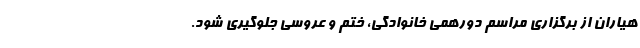
هیاران از برگزاری مراسم دورهمی خانوادگی، ختم و عروسی جلوگیری شود.